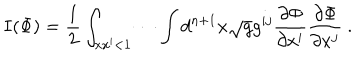
LaTeX: I ( \Phi ) = \frac { 1 } { 2 } \int _ { x x ^ { \prime } < 1 } \cdots \int d ^ { n + 1 } x \sqrt { g } g ^ { i j } \frac { \partial \Phi } { \partial x ^ { i } } \frac { \partial \Phi } { \partial x ^ { j } } ~ .